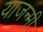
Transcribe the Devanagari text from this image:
याजन्मी